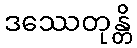
ဒဿေတုန္တိ